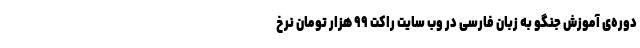
دوره‌ی آموزش جنگو به زبان فارسی در وب سایت راکت ۹۹ هزار تومان نرخ